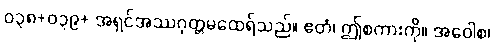
ဝ၃၈+ဝ၃၉+ အရှင်အဿဂုတ္တမထေရ်သည်။ ဧတံ၊ ဤစကားကို။ အဝေါစ၊